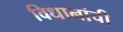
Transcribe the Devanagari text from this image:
विधानांची